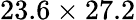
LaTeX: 23.6\times 27.2